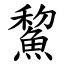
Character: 鯬